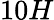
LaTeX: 10H